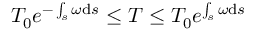
T _ { 0 } e ^ { - \int _ { s } \omega \mathrm { d } s } \leq T \leq T _ { 0 } e ^ { \int _ { s } \omega \mathrm { d } s }